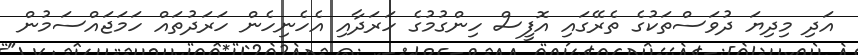
އަދި މިދިޔަ ދުވަސްތަކުގެ ތެރޭގައި އޮފީސް ހިންގުމުގެ ހަރަދާއި އެހެނިހެން ހަރަދުތައް ހަމަޖައްސަމުން